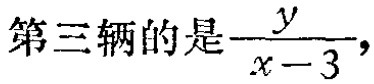
第三辆的是$\frac{y}{x - 3}$，